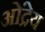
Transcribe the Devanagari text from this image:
ओंद्रेय